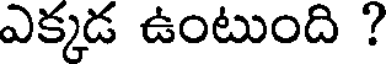
ఎక్కడ ఉంటుంది ?